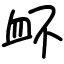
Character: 衃